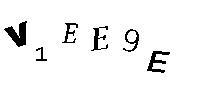
V1EE9E